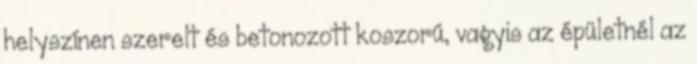
helyszínen szerelt és betonozott koszorú, vagyis az épületnél az